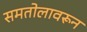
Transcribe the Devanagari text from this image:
समतोलावरून